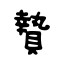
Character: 贄